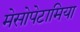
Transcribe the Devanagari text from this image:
मेसोपेटामिया